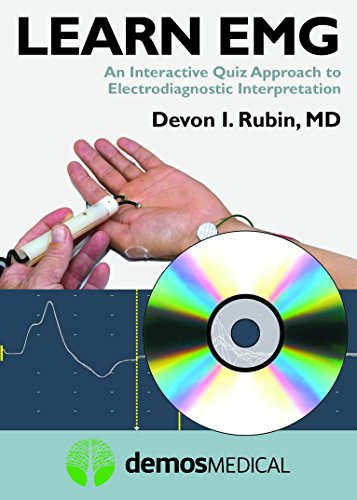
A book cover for Learn EMG: An Interactive Quiz Approach to Electrodiagnostic Interpretation; Devon Rubin; Reference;